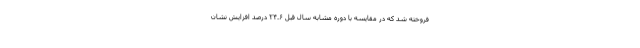
فروخته شد که در مقایسه با دوره مشابه سال قبل ۲۴.۶ درصد افزایش نشان